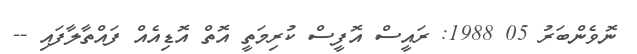
ނޮވެންބަރު 05 1988: ރައީސް އޮފީސް ކުރިމަތީ އޮތް އޮޑިއެއް ފައްތާލާފައި --